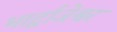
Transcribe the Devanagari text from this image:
भार्द्वाजेश्वर